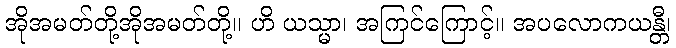
အိုအမတ်တို့အိုအမတ်တို့။ ဟိ ယသ္မာ၊ အကြင်ကြောင့်။ အပလောကယန္တီ၊